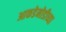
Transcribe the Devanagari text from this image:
आकडेमोडीच्या